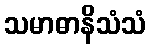
သမာဓာနိသံသံ